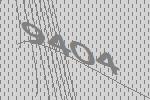
9404